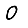
Digit: 0